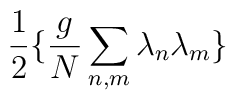
\frac{1}{2} \{ \frac{g}{N} \sum_{n,m} \lambda_n \lambda_m \}